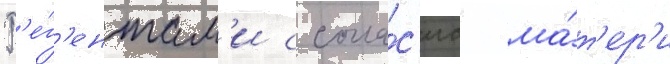
Р'е́г'ентам'и с согла́с'иа ма́т'ер'и